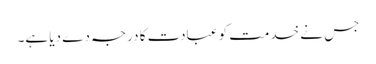
جس نے خدمت کو عبادت کا درجہ دے دیا ہے۔